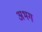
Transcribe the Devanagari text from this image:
अभग